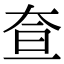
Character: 𡘍